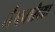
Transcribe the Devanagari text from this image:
मैफलीच्या